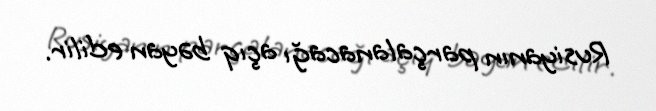
Rusiyanın parçalanacağı açıq bəyan edilir.